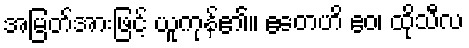
အမြတ်အားဖြင့် ယူကုန်၏။ ဧတေဟိ ဧဝ၊ ထိုသီလ